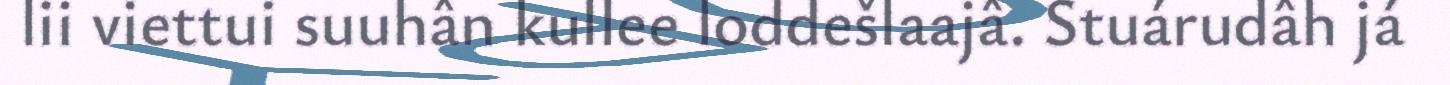
lii viettui suuhân kullee loddešlaajâ. Stuárudâh já